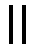
။